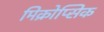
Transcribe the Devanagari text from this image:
मिक्रोप्सिक